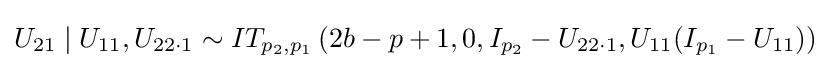
U_{21}\mid U_{11},U_{22\cdot 1}\sim IT_{p_{2},p_{1}}\left(2b-p+1,0,I_{p_{2}}-U_{22\cdot 1},U_{11}(I_{p_{1}}-U_{11})\right)